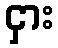
ငှား